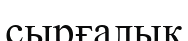
сырғалық